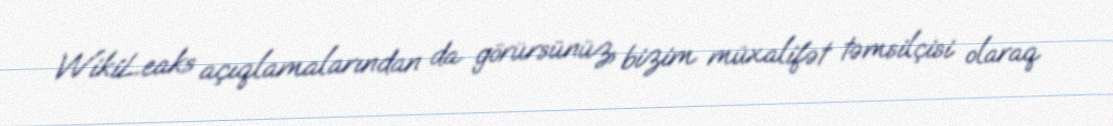
WikiLeaks açıqlamalarından da görürsünüz, bizim müxalifət təmsilçisi olaraq